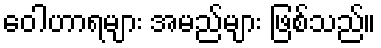
ဝေါဟာရများ အမည်များ ဖြစ်သည်။